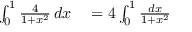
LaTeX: \begin{array} { r l } { \int _ { 0 } ^ { 1 } { \frac { 4 } { 1 + x ^ { 2 } } } \, d x } & { { } = 4 \int _ { 0 } ^ { 1 } { \frac { d x } { 1 + x ^ { 2 } } } } \end{array}